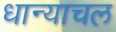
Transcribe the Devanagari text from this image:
धान्याचल